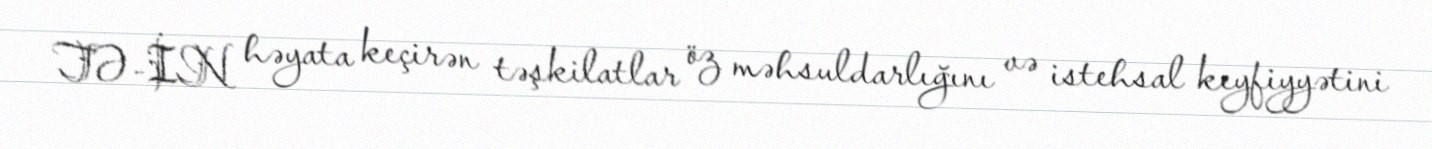
TƏ-İN həyata keçirən təşkilatlar öz məhsuldarlığını və istehsal keyfiyyətini